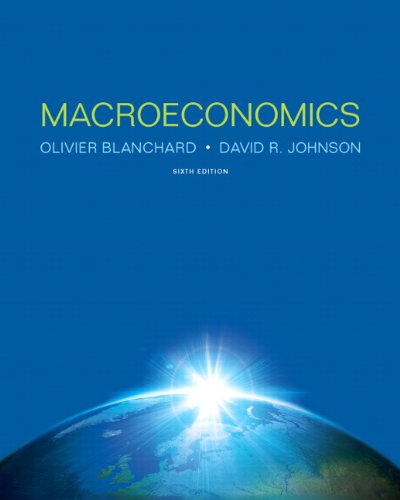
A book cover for Macroeconomics (6th Edition); Olivier Blanchard; Business & Money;